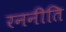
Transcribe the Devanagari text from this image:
रननीति